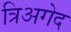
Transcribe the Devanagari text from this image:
त्रिअगेद